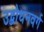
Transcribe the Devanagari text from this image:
उद्बोधनवर्ग